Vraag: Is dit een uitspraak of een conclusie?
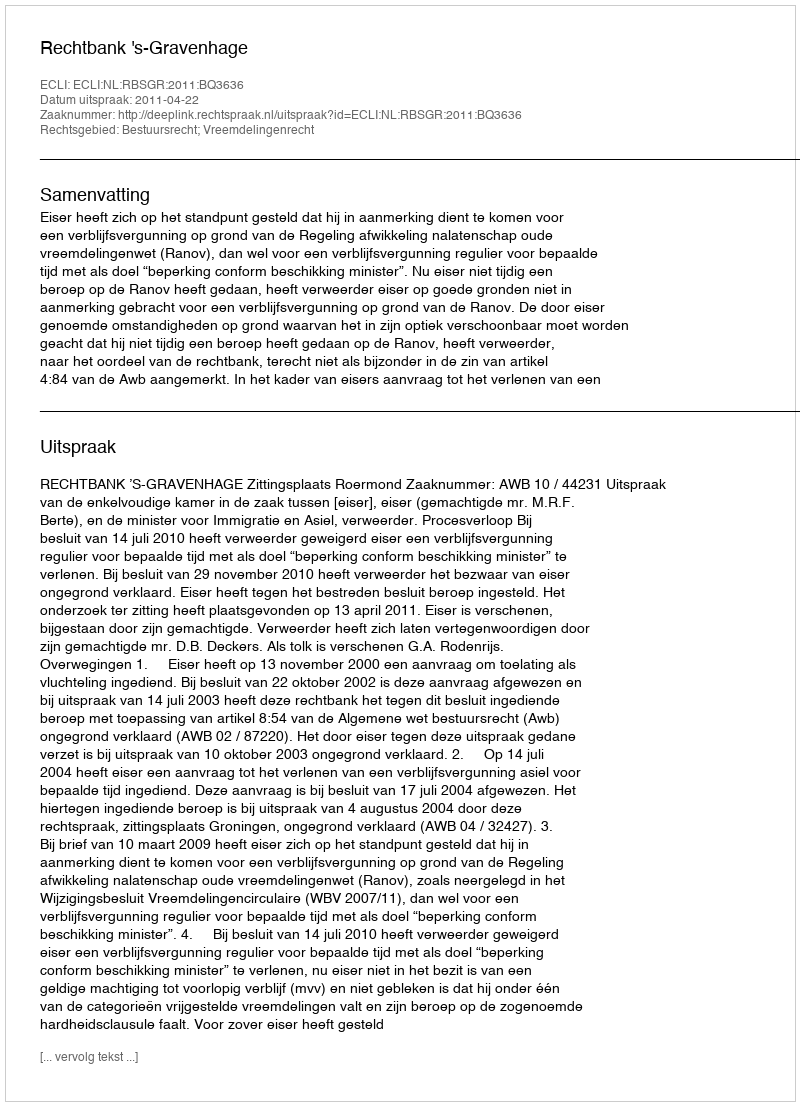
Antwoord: Uitspraak